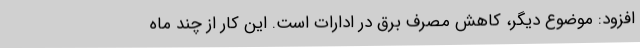
افزود: موضوع دیگر، کاهش مصرف برق در ادارات است. این کار از چند ماه